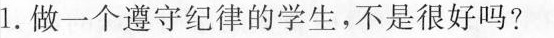
1，做一个遵守纪律的学生，不是很好吗？